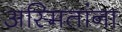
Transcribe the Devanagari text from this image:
अस्मितांना